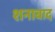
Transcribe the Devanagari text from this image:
शनाबाद